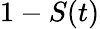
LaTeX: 1-S(t)